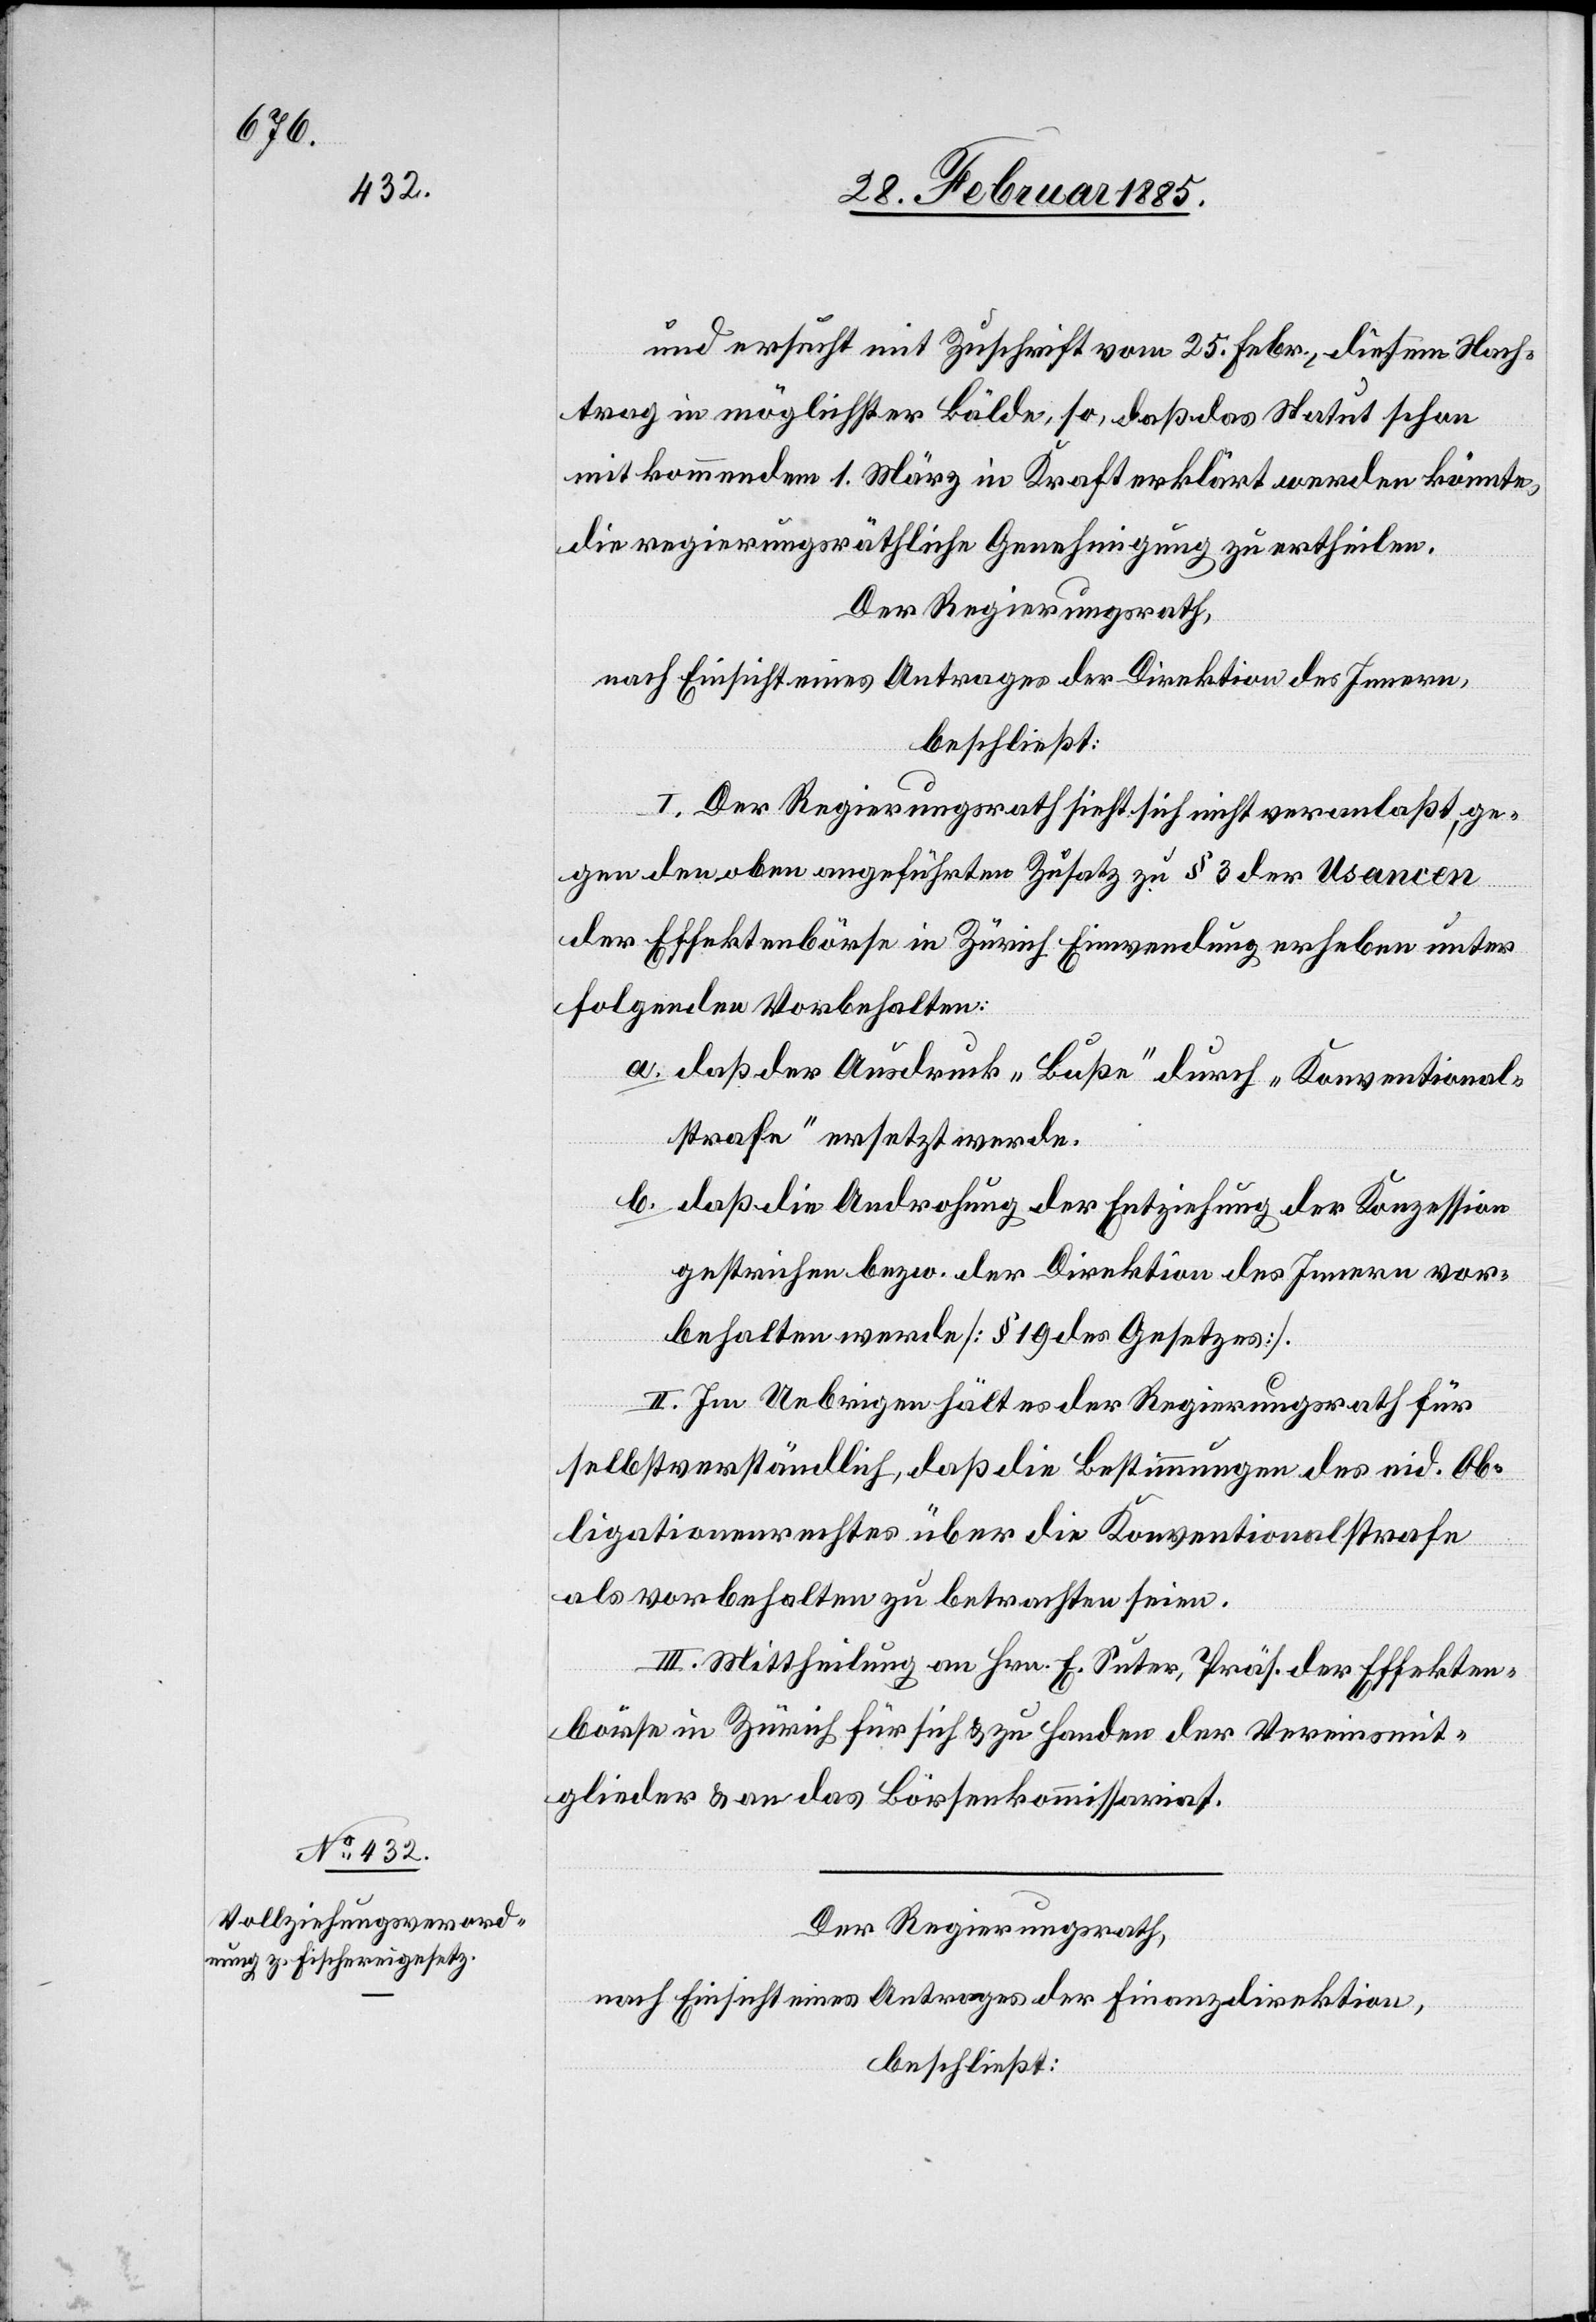
und ersucht mit Zuschrift vom 25. Febr., diesem Nach¬
trag in möglichster Bälde, so, daß das Statut schon
mit kommendem 1. März in Kraft erklärt werden könnte,
die regierungsräthliche Genehmigung zu ertheilen.
Der Regierungsrath,
nach Einsicht eines Antrages der Direktion des Innern,
beschließt:
I. Der Regierungsrath sieht sich nicht veranlaßt, ge¬
gen den oben angeführten Zusatz zu § 3 der Usancen
der Effektenbörse in Zürich Einwendung [zu] erheben unter
folgenden Vorbehalten:
a. daß der Ausdruck „Buße“ durch „Konventional¬
strafe“ ersetzt werde.
b. daß die Androhung der Entziehung der Konzession
gestrichen bezw. der Direktion des Innern vor¬
behalten werde [§ 19 des Gesetzes].
II. Im Uebrigen hält es der Regierungsrath für
selbstverständlich, daß die Bestimmungen des eid. Ob¬
ligationenrechtes über die Konventionalstrafe
als vorbehalten zu betreffen seien.
III. Mittheilung an Hrn. E. Suter, Präs. der Effekten¬
börse in Zürich für sich & zu Handen der Vereinsmit¬
glieder & an das Börsenkommissariat.
Der Regierungsrath,
nach Einsicht eines Antrages der Finanzdirektion,
beschließt: